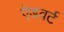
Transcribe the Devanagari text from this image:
ऐडवर्ट